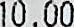
10.00